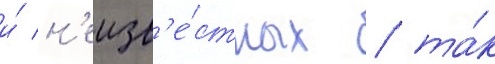
и́ н'еизв'е́стных / та́к